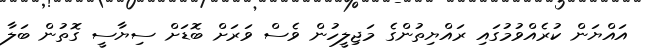
އައްޔަން ކުރެއްވުމުގައި ރައްޔިތުންގެ މަޖިލީހުން ވެސް ވަރަށް ބޮޑަށް ސިޔާސީ ގޮތުން ބަލާ